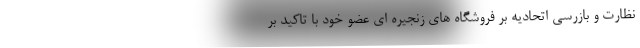
نظارت و بازرسی اتحادیه بر فروشگاه های زنجیره ای عضو خود با تاکید بر